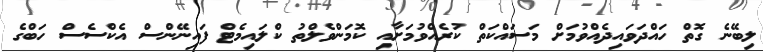
ލިބޭނެ ގޮތް ހައްދަވައިދެއްވުމަށް މަސައްކަތް ކުރެއްވުމަށާއި ކޮމަންވެލްތު ކްލައިމެޓް ފައިނޭންސް އެކްސެސް ހަބްގެ